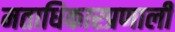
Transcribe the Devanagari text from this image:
मताधिकारप्रणाली